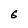
Character: 6